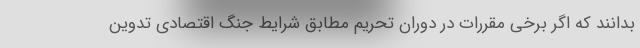
بدانند که اگر برخی مقررات در دوران تحریم مطابق شرایط جنگ اقتصادی تدوین